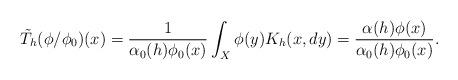
LaTeX: \begin{align*}\tilde T_h(\phi/\phi_0)(x)=\frac{1}{\alpha_0(h)\phi_0(x)}\int_X \phi(y) K_h(x,dy)=\frac{\alpha(h)\phi(x)}{\alpha_0(h)\phi_0(x)}.\end{align*}